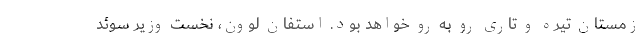
زمستان تیره و تاری رو به رو خواهد بود. استفان لووِن، نخست وزیر سوئد